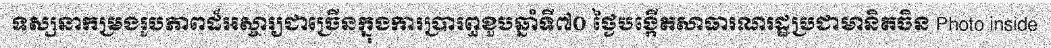
ទស្សនាកម្រងរូបភាពដ៏អស្ចារ្យជាច្រើនក្នុងការប្រារព្ធខួបឆ្នាំទី៧០ ថ្ងៃបង្កើតសាធារណរដ្ឋប្រជាមានិតចិន Photo inside